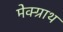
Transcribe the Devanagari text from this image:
मेक्ग्राथ